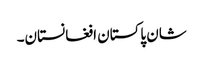
شان پاکستان افغانستان۔